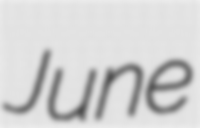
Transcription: June